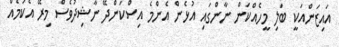
އައިޒަންއަކީ ބަލި މީހެއްކަން ނާންގައި އުޅެން އެންމެ އިސްކަންދޭ ނާޝިދުވެސް މިރޭ އެކަމެއް